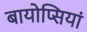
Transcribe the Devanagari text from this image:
बायोप्सियां